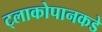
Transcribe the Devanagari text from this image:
ट्लाकोपानकडे